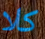
كلا